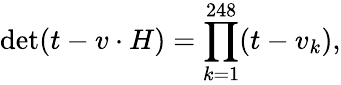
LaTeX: \operatorname*{det}(t-v\cdot H)=\prod_{k=1}^{248}(t-v_{k}),